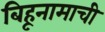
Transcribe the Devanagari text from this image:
बिहूनामाची